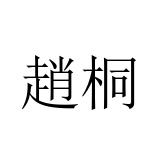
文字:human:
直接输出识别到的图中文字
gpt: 趙桐